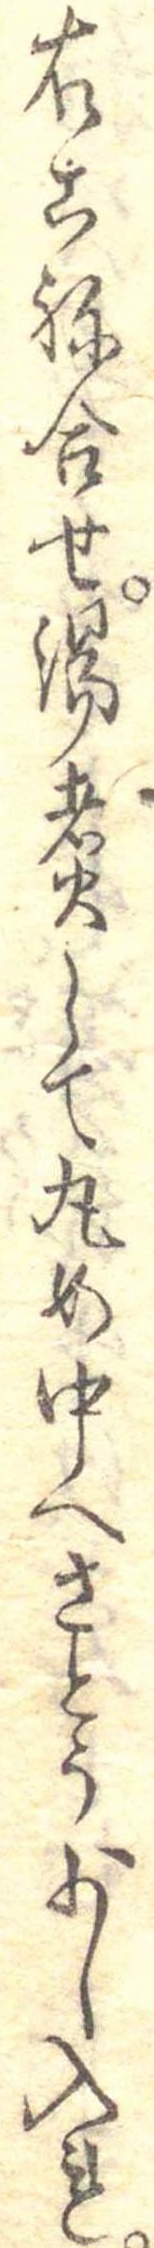
右こね合せ湯煮して丸め中へさとう少し入れ